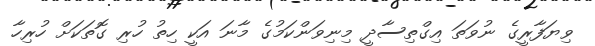
ވިޔަފާރީގެ ނުވަތަ އިގްތިސާދީ މިނިވަންކަމުގެ މާނަ އަކީ ހިތު ހުރި ގޮތަކަށް ހުރިހާ